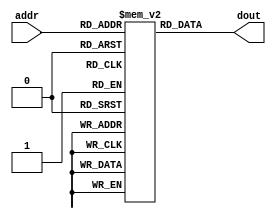

// instruction memory
module im(input  [8:2]  addr,
            output [31:0] dout );

  reg  [31:0] ROM[127:0];

  assign dout = ROM[addr]; // word aligned
endmodule